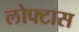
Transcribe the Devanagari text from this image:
लोफ्टास